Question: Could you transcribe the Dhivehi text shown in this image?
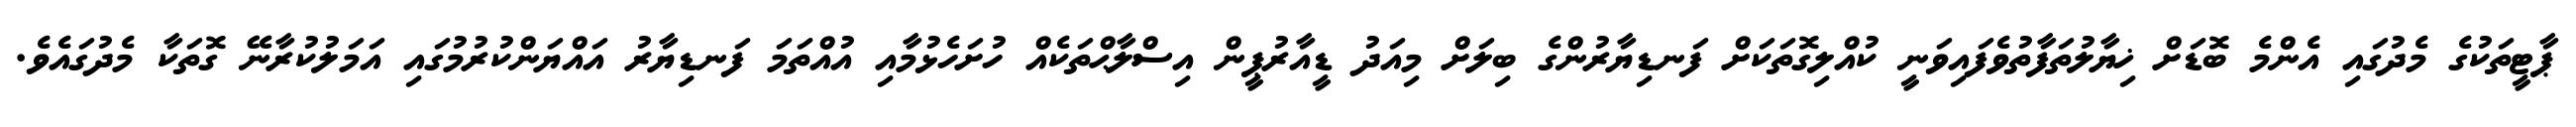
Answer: ޕާޓީތަކުގެ މެދުގައި އެންމެ ބޮޑަށް ޚިޔާލުތަފާތުވެފައިވަނީ ކުއްލިގޮތަކަށް ފަނޑިޔާރުންގެ ބިލަށް މިއަދު ޑީއާރުޕީން އިސްލާޙްތަކެއް ހުށަހެޅުމާއި އުއްތަމަ ފަނޑިޔާރު އައްޔަންކުރުމުގައި އަމަލުކުރާނޭ ގޮތަކާ މެދުގައެވެ.